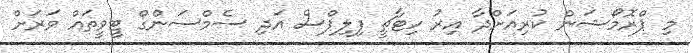
މި ޕްރޮމޯޝަން ކުރިއަށްދާ އިރު ހިޓާޗީ ފިލިޕްސް އަދި ސެމްސަންގް ޓީވީތައް ވަރަށް